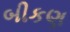
બીકણ